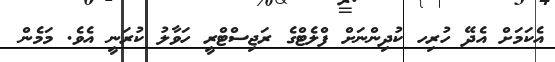
އެކަމަށް އެދޭ ހުރިހ ކުދިންނަށް ފްލެޓްގެ ރަޖިސްޓްރީ ހަވާލު ކުރަނީ އެވެ. މަމެން